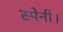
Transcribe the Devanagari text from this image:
स्पेनी।